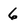
Character: 6